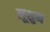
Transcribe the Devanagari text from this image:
लूशुन